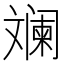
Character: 斓